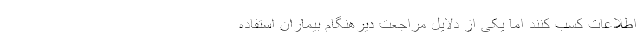
اطلاعات کسب کنند اما یکی از دلایل مراجعت دیرهنگام بیماران استفاده